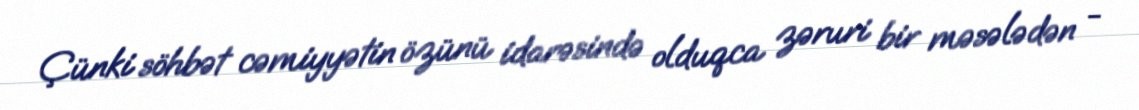
Çünki söhbət cəmiyyətin özünü idarəsində olduqca zəruri bir məsələdən -